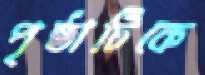
পৃষ্ঠাটিকে